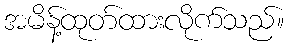
အမိန့်ထုတ်ထားလိုက်သည်။